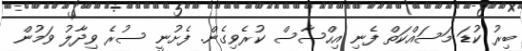
ބިރު ކުޑަ މަސައްކަތް ފެނި އިހްސާސް ކުރެވިގެން. ފެށުނީ ސުރެ ވިދާލު ވަމުން